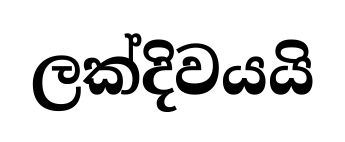
ලක්දිවයයි